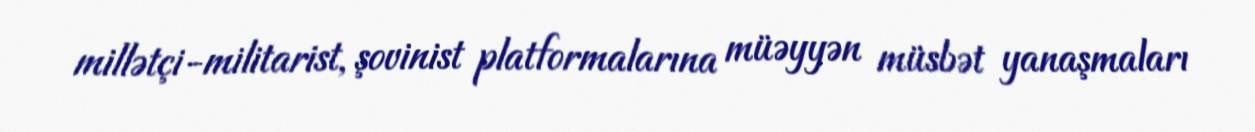
millətçi-militarist, şovinist platformalarına müəyyən müsbət yanaşmaları